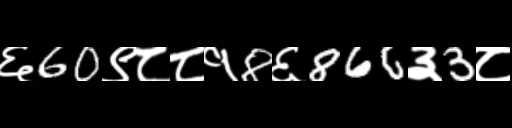
Text: ६60९८८१8६866३3८